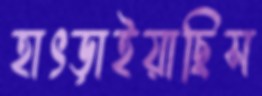
হাৎড়াইয়াছিস